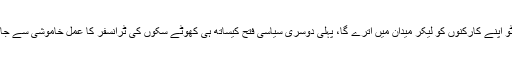
جونہی بلاول بھٹو اپنے کارکنوں کو لیکر میدان میں اترے گا، پہلی دوسری سیاسی فتح کیساتھ ہی کھوٹے سکوں کی ٹرانسفر کا عمل خاموشی سے جاری ہو جائے گا۔